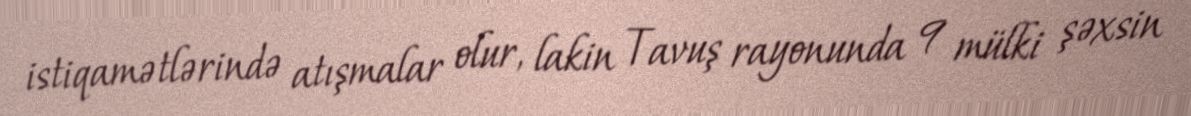
istiqamətlərində atışmalar olur, lakin Tavuş rayonunda 9 mülki şəxsin